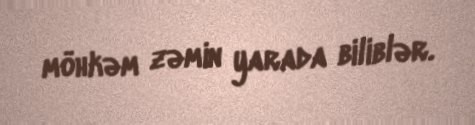
möhkəm zəmin yarada biliblər.